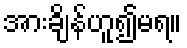
အားချိန်ဟူ၍မရ။